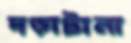
দড়াটানা